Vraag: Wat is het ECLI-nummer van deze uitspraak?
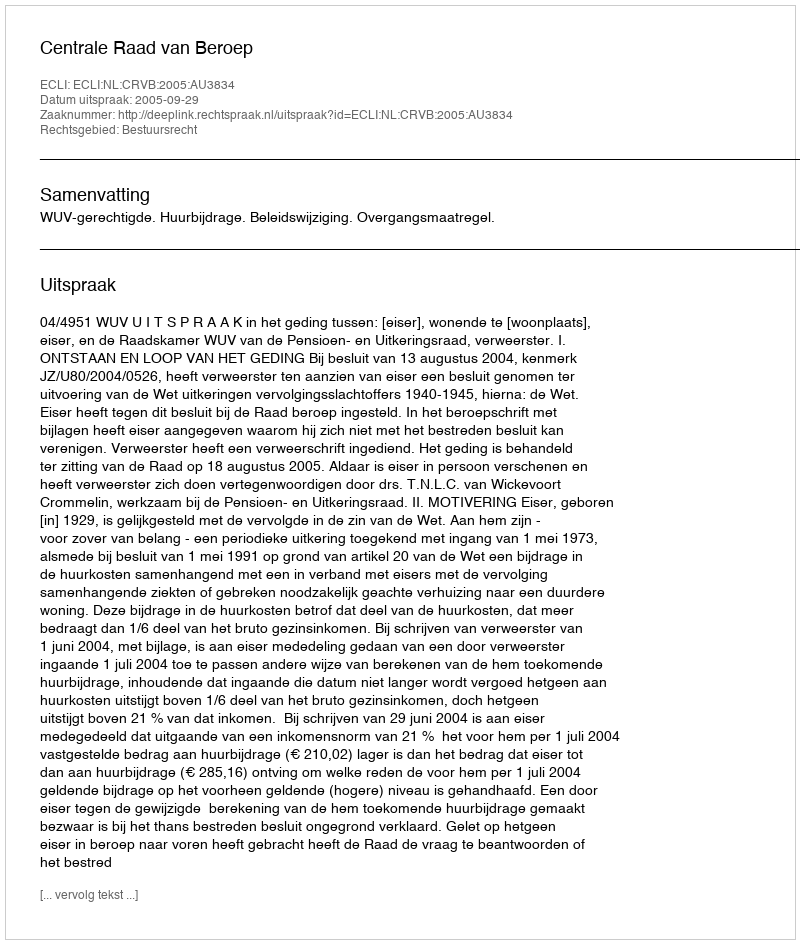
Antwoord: ECLI:NL:CRVB:2005:AU3834